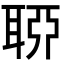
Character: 𦖂